Alma_Vaarman, lk 10
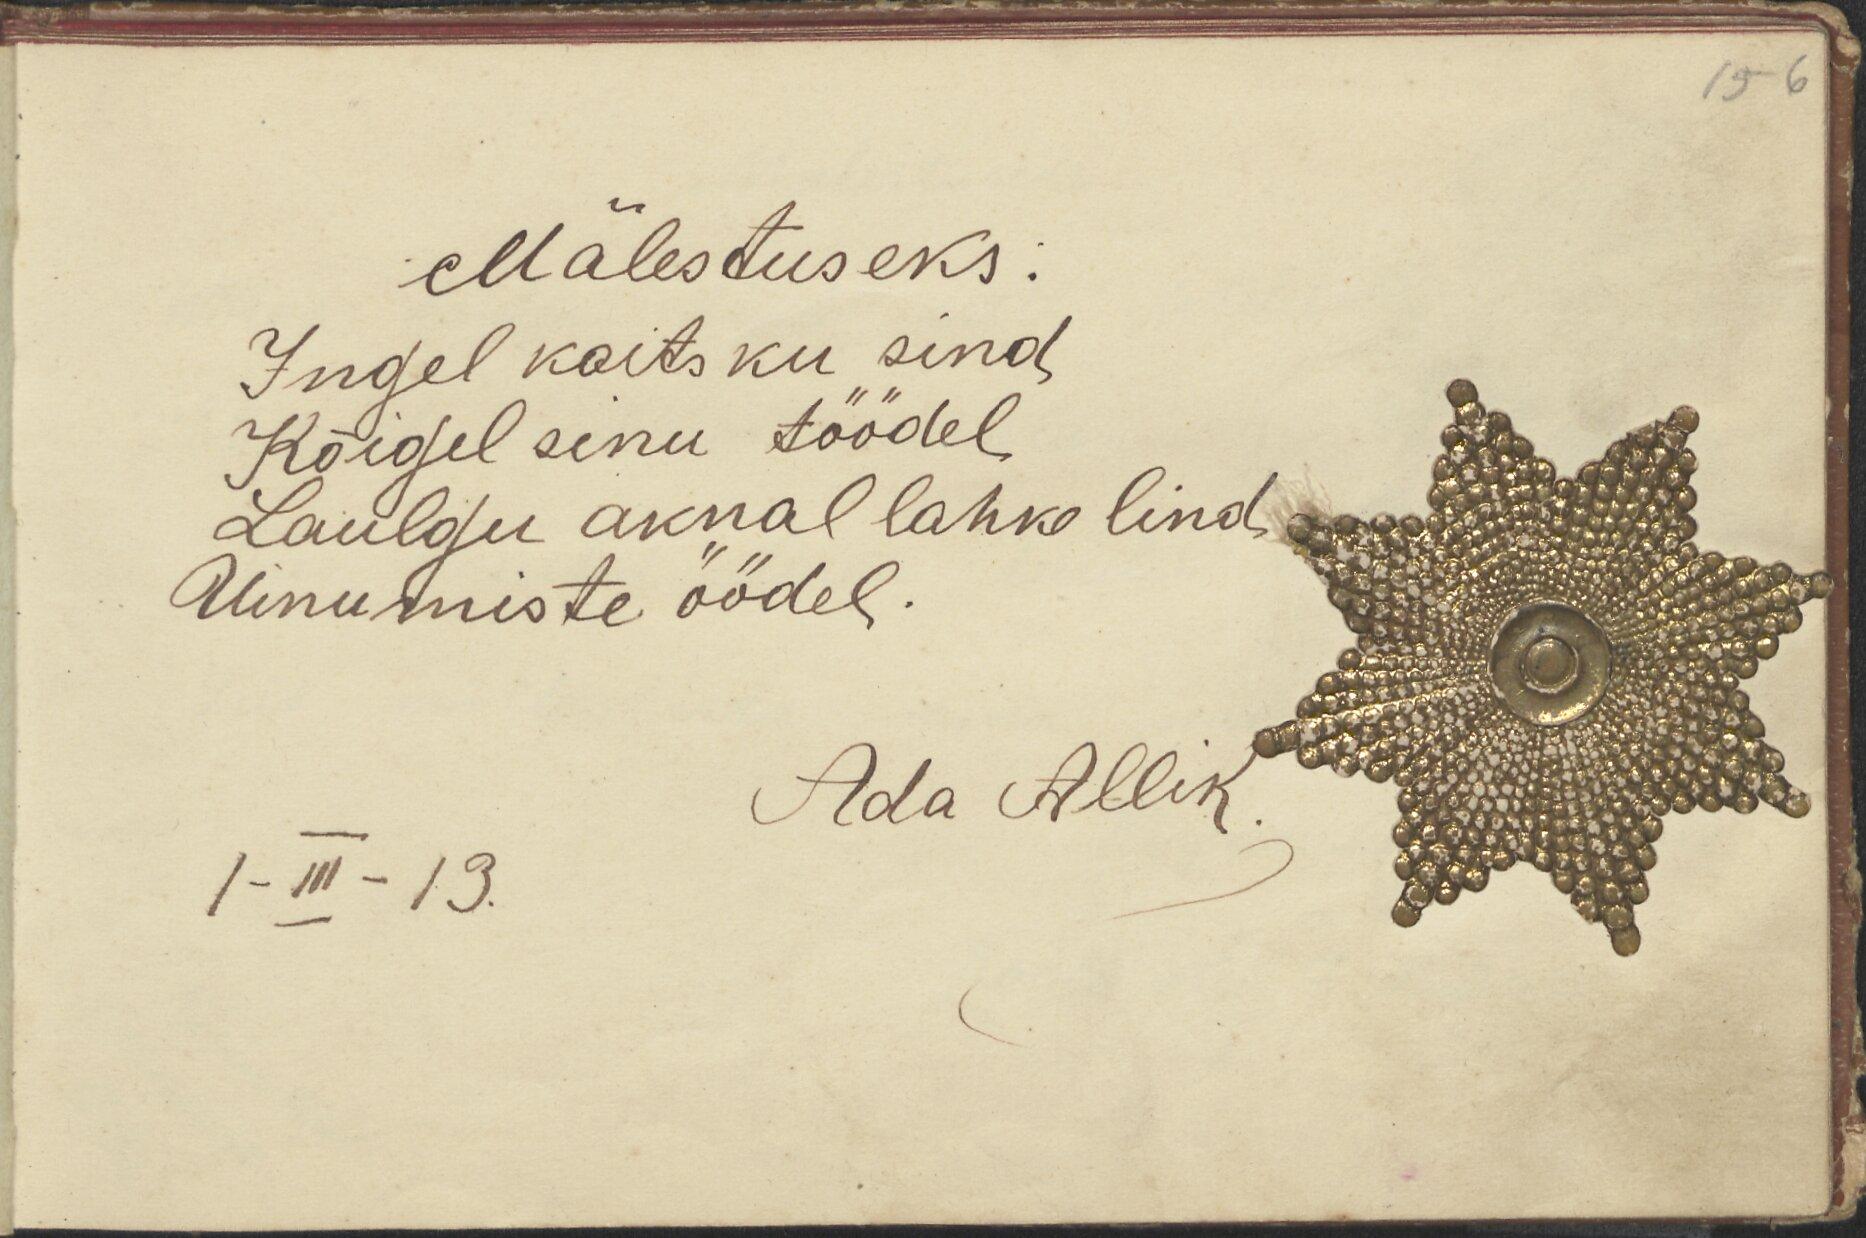
15-6

Mälestuseks:
Ingel kaitsku sind,
Kõigel sinu töödel
Laulgu aknal lahke lind
Uinumiste öödel.
Ada Allik
1 - III - 13.